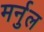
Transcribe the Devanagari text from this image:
मर्नुल